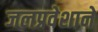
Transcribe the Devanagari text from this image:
जलप्रवेशाने